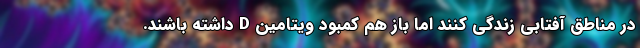
در مناطق آفتابی زندگی کنند اما باز هم کمبود ویتامین D داشته باشند.